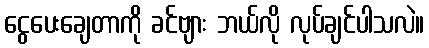
ငွေပေးချေတာကို ခင်ဗျား ဘယ်လို လုပ်ချင်ပါသလဲ။